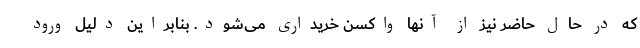
که در حال حاضر نیز از آنها واکسن خریداری می‌شود. بنابراین دلیل ورود